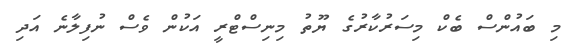
މި ބައުންސް ބެކް މިސަރުކާރުގެ ޔޫތު މިނިސްޓްރީ އަކުން ވެސް ނުފިލާނެ އަދި